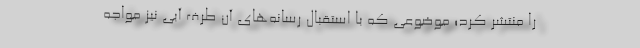
را منتشر کرد؛ موضوعی که با استقبال رسانه‌های آن طرف آبی نیز مواجه